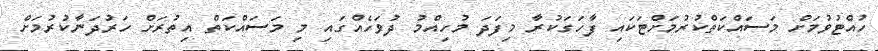
ހުއްޓުވުމަށް މަސައްކަތްކުރުމަށްޓަކައި ފާހަގަކުރާ މިފަދަ މުހިއްމު ދުވަހެއްގައި މި މަސައްކަތް އިތުރަށް ހަރުދަނާކުރުމަށް